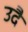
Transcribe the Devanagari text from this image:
उदै